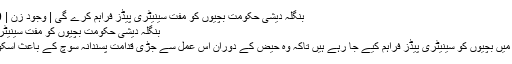
بنگلہ دیشی حکومت بچیوں کو مفت سینیٹری پیڈز فراہم کرے گی | وجود زن | DW | 24.09.2019
بنگلہ دیشی حکومت بچیوں کو مفت سینیٹری پیڈز فراہم کرے گی
بنگلہ دیش کے دیہاتوں میں بچیوں کو سینیٹری پیڈز فراہم کیے جا رہے ہیں تاکہ وہ حیض کے دوران اس عمل سے جڑی قدامت پسندانہ سوچ کے باعث اسکول سے چھٹی نہ کریں۔